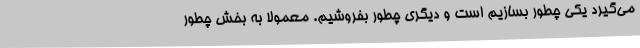
می‌گیرد یکی چطور بسازیم است و دیگری چطور بفروشیم. معمولا به بخش چطور